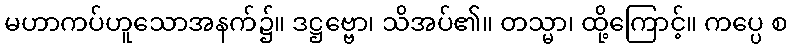
မဟာကပ်ဟူသောအနက်၌။ ဒဋ္ဌဗ္ဗော၊ သိအပ်၏။ တသ္မာ၊ ထို့ကြောင့်။ ကပ္ပေ စ